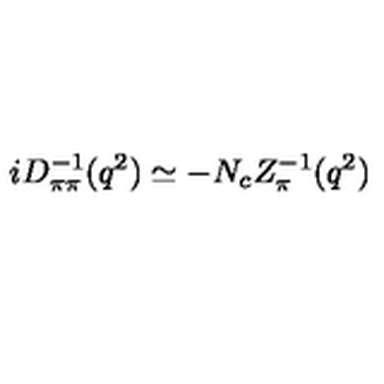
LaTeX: i D _ { \pi \pi } ^ { - 1 } ( q ^ { 2 } ) \simeq - N _ { c } Z _ { \pi } ^ { - 1 } ( q ^ { 2 } )